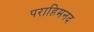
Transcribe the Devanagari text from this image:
पराहिमनद